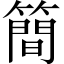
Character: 簡